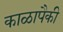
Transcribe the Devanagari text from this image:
काळापैकी